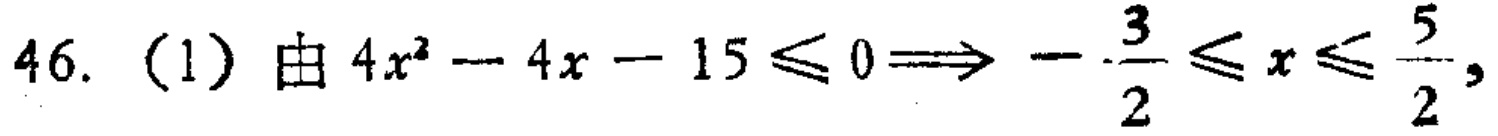
46. (1) 由 \(4x^{2}-4x - 15\leqslant0\Longrightarrow-\frac{3}{2}\leqslant x\leqslant\frac{5}{2}\)